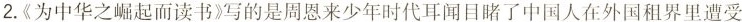
2.《为中华之崛起而读书》写的是周恩来少年时代耳闻目睹了中国人在外国租界里遭受